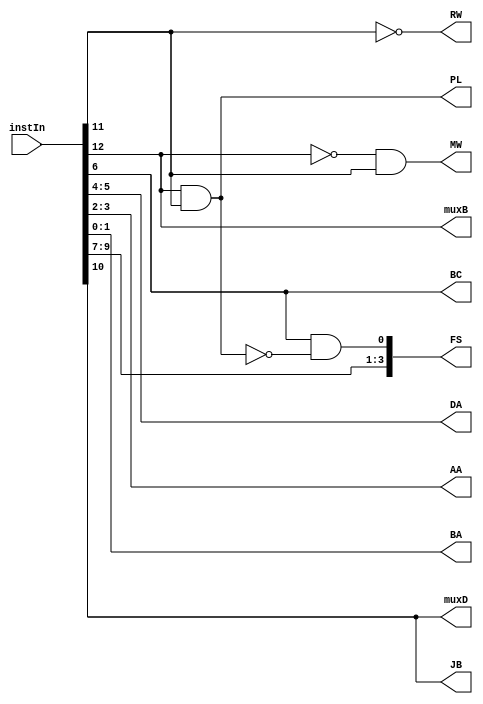
module InstructionDecoder(
    input [12:0] instIn,
    output [1:0] DA, AA, BA,
    output muxB,
    output [3:0] FS,
    output muxD,
    output wire RW, MW, PL, JB, BC
);


assign DA = instIn[5:4];
assign AA = instIn[3:2];
assign BA = instIn[1:0];

assign muxB = instIn[12];
assign muxD = instIn[10];

assign RW = ~(instIn[11]); // destination reg write bit
assign MW = ~(instIn[12]) & instIn[11]; // Data Memory write bit

// PC operation
assign PL = instIn[12] & instIn[11];
assign JB = instIn[10];
assign BC = instIn[6];

assign FS = {instIn[9:7], instIn[6] & ~PL};

endmodule